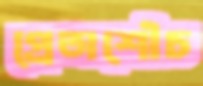
প্রেতাশৌচ